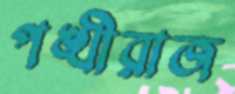
পঙ্খীরাজ